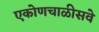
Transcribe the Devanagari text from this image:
एकोणचाळीसवे